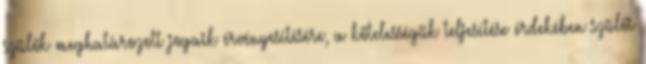
szülők meghatározott jogaik érvényesítésére, a kötelességük teljesítése érdekében szülői